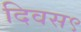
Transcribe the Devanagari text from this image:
दिवस९